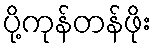
ပို့ကုန်တန်ဖိုး